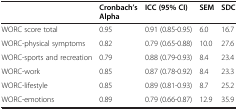
<table><thead><tr><td><b> </b></td><td><b>Cronbach’s Alpha</b></td><td><b>ICC (95% CI)</b></td><td><b>SEM</b></td><td><b>SDC</b></td></tr></thead><tbody><tr><td>WORC score total</td><td>0.95</td><td>0.91 (0.85-0.95)</td><td>6.0</td><td>16.7</td></tr><tr><td>WORC-physical symptoms</td><td>0.82</td><td>0.79 (0.65-0.88)</td><td>10.0</td><td>27.6</td></tr><tr><td>WORC-sports and recreation</td><td>0.79</td><td>0.88 (0.79-0.93)</td><td>8.4</td><td>23.4</td></tr><tr><td>WORC-work</td><td>0.85</td><td>0.87 (0.78-0.92)</td><td>8.4</td><td>23.3</td></tr><tr><td>WORC-lifestyle</td><td>0.85</td><td>0.89 (0.81-0.93)</td><td>8.7</td><td>25.2</td></tr><tr><td>WORC-emotions</td><td>0.89</td><td>0.79 (0.66-0.87)</td><td>12.9</td><td>35.9</td></tr></tbody></table>